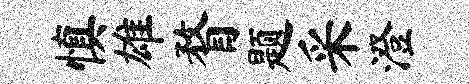
慎雄瞀题采澄